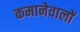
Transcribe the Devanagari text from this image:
कमानेवालों